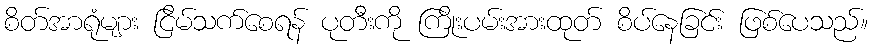
စိတ်အာရုံများ ငြိမ်သက်စေရန် ပုတီးကို ကြိုးပမ်းအားထုတ် စိပ်နေခြင်း ဖြစ်ပေသည်။